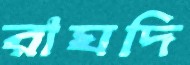
রাঘদি